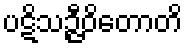
ပဋိသဉ္ဇီဝိတောတိ